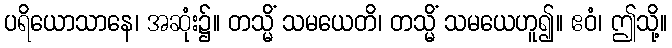
ပရိယောသာနေ၊ အဆုံး၌။ တသ္မိံ သမယေတိ၊ တသ္မိံ သမယေဟူ၍။ ဧဝံ၊ ဤသို့။